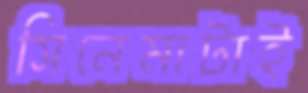
সিনেমাটাই